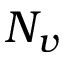
N _ { v }